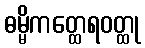
ဓမ္မိကတ္ထေရဝတ္ထု